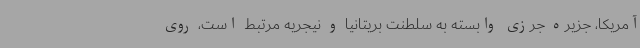
آمریکا، جزیره جرزی وابسته به سلطنت بریتانیا و نیجریه مرتبط است، روی